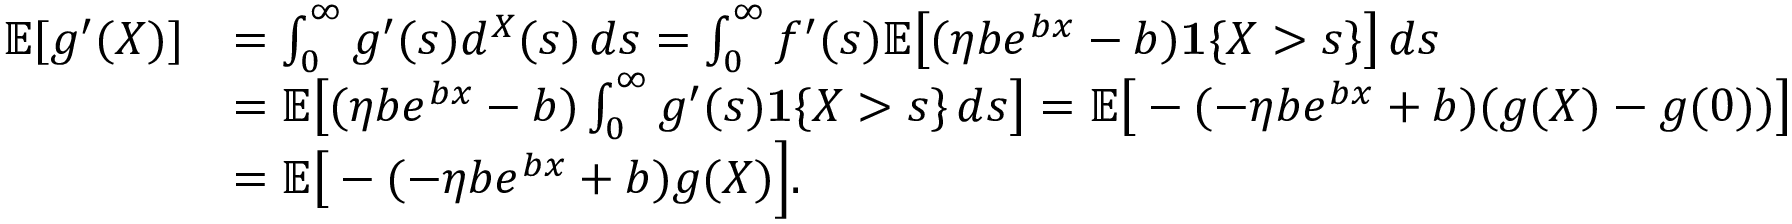
\begin{array} { r l } { \mathbb { E } [ g ^ { \prime } ( X ) ] } & { = \int _ { 0 } ^ { \infty } g ^ { \prime } ( s ) d ^ { X } ( s ) \, d s = \int _ { 0 } ^ { \infty } f ^ { \prime } ( s ) \mathbb { E } \big [ ( \eta b e ^ { b x } - b ) \mathbf { 1 } \{ X > s \} \big ] \, d s } \\ & { = \mathbb { E } \big [ ( \eta b e ^ { b x } - b ) \int _ { 0 } ^ { \infty } g ^ { \prime } ( s ) \mathbf { 1 } \{ X > s \} \, d s \big ] = \mathbb { E } \big [ - ( - \eta b e ^ { b x } + b ) ( g ( X ) - g ( 0 ) ) \big ] } \\ & { = \mathbb { E } \big [ - ( - \eta b e ^ { b x } + b ) g ( X ) \Big ] . } \end{array}